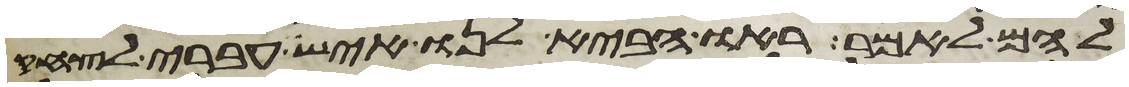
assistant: להם לאמר ראו הביא לנו איש עברי לצחק